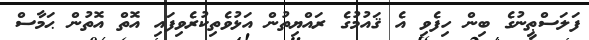
ފަލަސްޠީނުގެ ބިން ހިފެވި އެ ޤައުމުގެ ރައްޔިތުން އަޅުވެތިކުރެވިފައި އޮތް އޮތުން ޙަމާސް